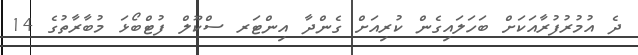
ދެ އުމުރުފުރާއަކަށް ބަހަލައިގެން ކުރިއަށް ގެންދާ އިންޓަރ ސްކޫލް ފުޓްބޯޅަ މުބާރާތުގެ 14